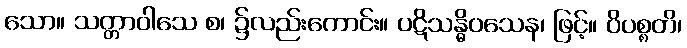
သော။ သတ္တာဝါသေ စ၊ ၌လည်းကောင်း။ ပဋိသန္ဓိဝသေန၊ ဖြင့်။ ဝိပစ္စတိ၊